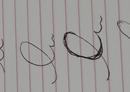
Signature authenticity: forged